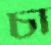
চা